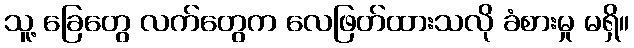
သူ့ ခြေတွေ လက်တွေက လေဖြတ်ထားသလို ခံစားမှု မရှိ။